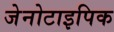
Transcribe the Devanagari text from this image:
जेनोटाइपिक